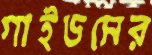
গাইডসের